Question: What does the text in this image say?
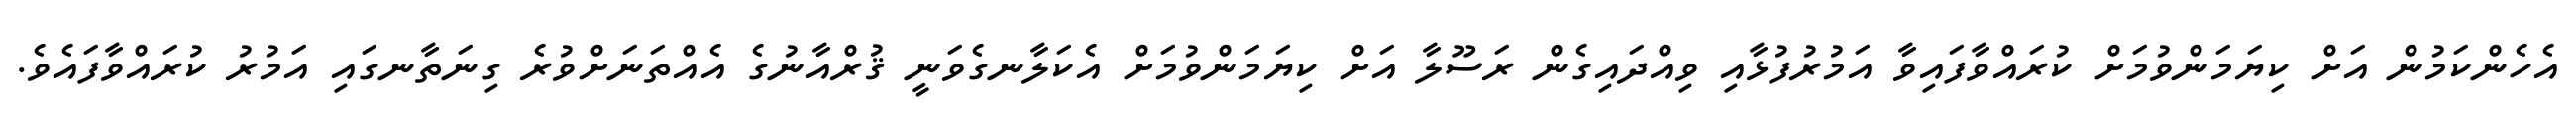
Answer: އެހެންކަމުން އަށް ކިޔަމަންވުމަށް ކުރައްވާފައިވާ އަމުރުފުޅާއި ވިއްދައިގެން ރަސޫލާ އަށް ކިޔަމަންވުމަށް އެކަލާނގެވަނީ ޤުރްއާނުގެ އެއްތަނަށްވުރެ ގިނަތާނގައި އަމުރު ކުރައްވާފައެވެ.